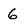
Character: 6